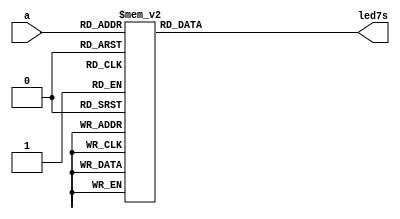
`timescale 1ns / 1ps
//////////////////////////////////////////////////////////////////////////////////
// Company: 
// Engineer: 
// 
// Design Name: 
// Module Name: LED_show
// Project Name: 
// Target Devices: 
// Tool Versions: 
// Description: 
// 
// Dependencies: 
// 
// Revision:
// Revision 0.01 - File Created
// Additional Comments:
// 
//////////////////////////////////////////////////////////////////////////////////


module LED_show(a,led7s);
//4
//LED
//42
 //*******************************************Define Inner Variable***********************************************//
      input [3:0] a;
      output [6:0] led7s;
      reg  [6:0] L;
 //*******************************************loginc Implementation***********************************************//
     //$$$$$$$$$$$$$$$  $$$$$$$$$$$$$$$$$$// 
        always @ (a)
            begin
            case(a)
                4'b0000:L=7'b011_1111;//0 bf
                4'b0001:L=7'b000_0110;//1 86
                4'b0010:L=7'b101_1011;//2  db 
                4'b0011:L=7'b100_1111;//3  cf 
                4'b0100:L=7'b110_0110;//4  e6 
                4'b0101:L=7'b110_1101;//5  ED
                4'b0110:L=7'b111_1101;//6 FD
                4'b0111:L=7'b000_0111;//7 87
                4'b1000:L=7'b111_1111;//8 FF
                4'b1001:L=7'b110_1111;//9 EF
                4'b1010:L=7'b111_0111;//10 a  f7
                4'b1011:L=7'b111_1100;//11 b  fc
                4'b1100:L=7'b011_1001;//12 c   b9
                4'b1101:L=7'b101_1110;//13 d  de
                4'b1110:L=7'b111_1001;//14 e  f9
                4'b1111:L=7'b111_0001;//15f   f1
            endcase
            end
        assign led7s=L;
    //################# #################//  

endmodule